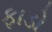
ફાડો